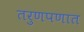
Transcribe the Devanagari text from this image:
तरुणपणात